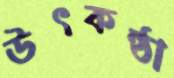
উৎকন্ঠা